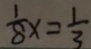
\frac { 1 } { 8 } x = \frac { 1 } { 3 }